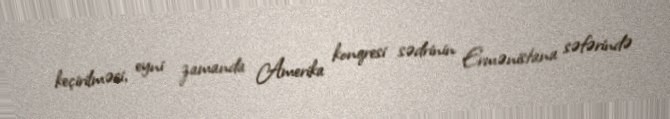
keçirilməsi, eyni zamanda Amerika konqresi sədrinin Ermənistana səfərində